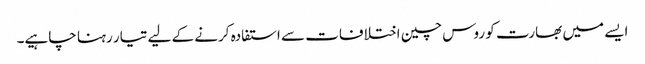
ایسے میں بھارت کو روس چین اختلافات سے استفادہ کرنے کے لیے تیار رہنا چاہیے۔